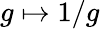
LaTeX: g\mapsto 1/g